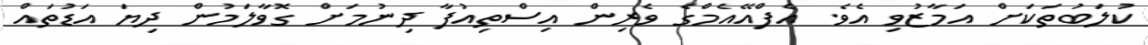
ކުލަބުތަކަށް އަމާޒުވި އެވެ. އެފްއޭއެމްގެ ވެރިން އިސްތިއުފާ ދިނުމަށް ގޮވާލަމުން ދިޔަ އަޑުތައް